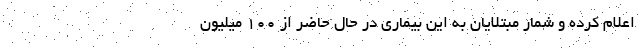
اعلام کرده و شمار مبتلایان به این بیماری در حال حاضر از ۱۰۰ میلیون